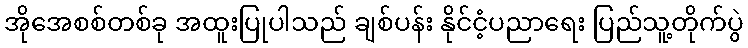
အိုအေစစ်တစ်ခု အထူးပြုပါသည် ချစ်ပန်း နိုင်ငံ့ပညာရေး ပြည်သူ့တိုက်ပွဲ